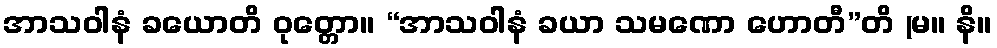
အာသဝါနံ ခယောတိ ဝုတ္တော။ “အာသဝါနံ ခယာ သမဏော ဟောတီ”တိ (မ။ နိ။